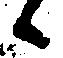
候